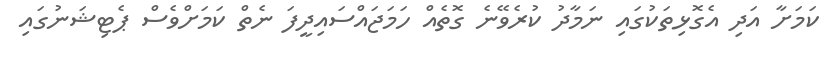
ކަމަށާ އަދި އެގޮޅިތަކުގައި ނަމާދު ކުރެވޭނެ ގޮތެއް ހަމަޖައްސައިދީފަ ނެތް ކަމަށްވެސް ޕެޓިޝަނުގައި